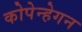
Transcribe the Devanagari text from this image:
कोपेन्हेगन